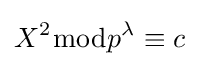
X^{2}{\bmod {p^{\lambda }}}\equiv c